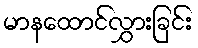
မာနထောင်လွှားခြင်း